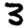
Digit: 3